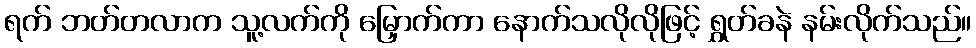
ရက် ဘတ်တလာက သူ့လက်ကို မြှောက်ကာ နောက်သလိုလိုဖြင့် ရွှတ်ခနဲ နမ်းလိုက်သည်။